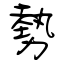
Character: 勢